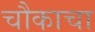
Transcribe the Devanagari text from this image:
चौकाचा